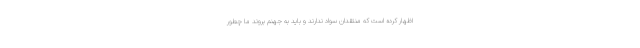
اظهار کرده است که منتقدان سواد ندارند و باید به جهنم بروند ما چطور